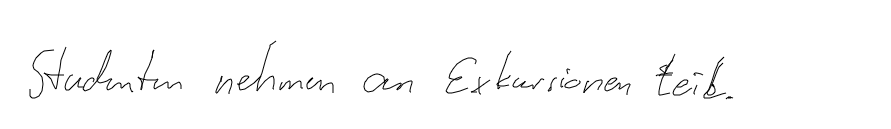
Studenten nehmen an Exkursionen teil.